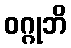
ဝဂ္ဂုဘိ